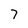
Character: 7